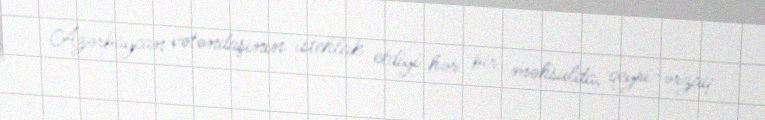
Azərbaycan vətəndaşının istehlak etdiyi hər bir məhsulda, qeyri-ərzaq